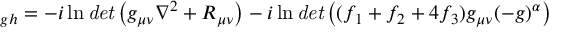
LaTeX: _ { g h } = - i \ln { \it d e t } \left( g _ { \mu \nu } \nabla ^ { 2 } + R _ { \mu \nu } \right) - i \ln { \it d e t } \left( ( f _ { 1 } + f _ { 2 } + 4 f _ { 3 } ) g _ { \mu \nu } ( - g ) ^ { \alpha } \right)